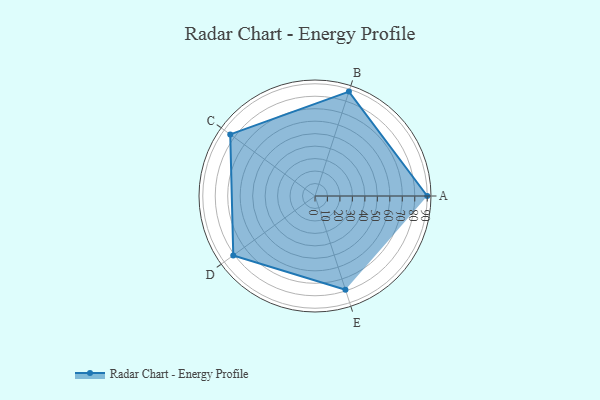
{"axis": {"x": "Skill", "y": "Score"}, "legend": ["Profile"], "data": [{"x": "A", "y": 90.0, "type": "Profile"}, {"x": "B", "y": 88.0, "type": "Profile"}, {"x": "C", "y": 84.0, "type": "Profile"}, {"x": "D", "y": 81.0, "type": "Profile"}, {"x": "E", "y": 79.0, "type": "Profile"}]}